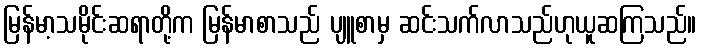
မြန်မာ့သမိုင်းဆရာတို့က မြန်မာစာသည် ပျူစာမှ ဆင်းသက်လာသည်ဟုယူဆကြသည်။